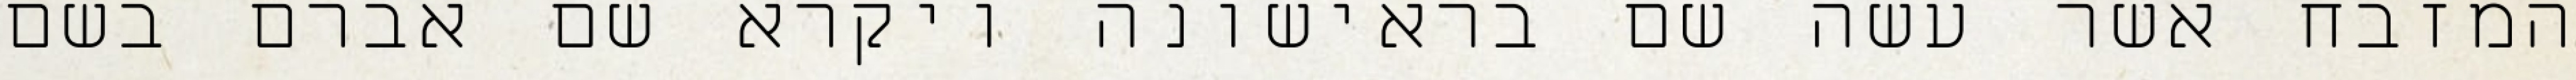
המזבח אשר עשה שם בראישונה ויקרא שם אברם בשם